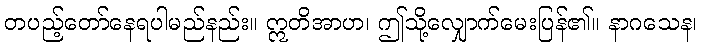
တပည့်တော်နေရပါမည်နည်း။ ဣတိအာဟ၊ ဤသို့လျှောက်မေးပြန်၏။ နာဂသေန၊